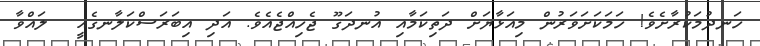
ހަނދުމަކުރާށެވެ! ހަމަކަށަވަރުން މިއަޅާޔަށް ދަތިކަމާއި އުނދަގޫ ޖެހިއްޖެއެވެ. އަދި އިބަރަސްކަލާނގެއީ  ލައްވާ